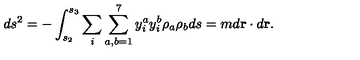
d s ^ { 2 } = - \int _ { s _ { 2 } } ^ { s _ { 3 } } \sum _ { i } \sum _ { a , b = 1 } ^ { 7 } { y } _ { i } ^ { a } { y } _ { i } ^ { b } \rho _ { a } \rho _ { b } d s = m d { \bf r } \cdot d { \bf r } .